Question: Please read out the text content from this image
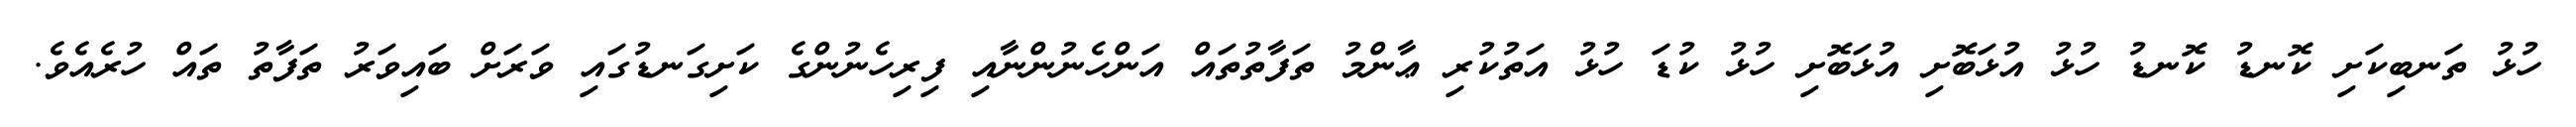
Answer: ހުޅު ތަނބިކަށި ކޮނޑު ކޮނޑު ހުޅު އުޅަބޮށި އުޅަބޮށި ހުޅު ކުޑަ ހުޅު އަތުކުރި ޢާންމު ތަފާތުތައް އަންހެނުންނާއި ފިރިހެނުންގެ ކަށިގަނޑުގައި ވަރަށް ބައިވަރު ތަފާތު ތައް ހުރެއެވެ.